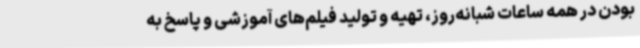
بودن در همه ساعات شبانه‌روز، تهیه و تولید فیلم‌های آموزشی و پاسخ به